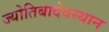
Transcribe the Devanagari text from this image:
ज्योतिबादेवस्थान